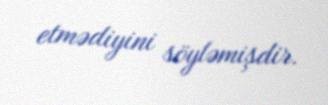
etmədiyini söyləmişdir.